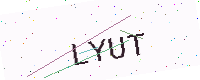
Text: LYUT